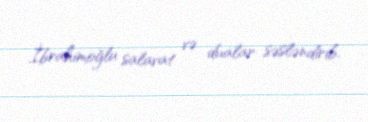
İbrahimoğlu salavat və dualar səsləndirib.